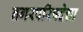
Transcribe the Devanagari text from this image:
नगरपरिषदेचा